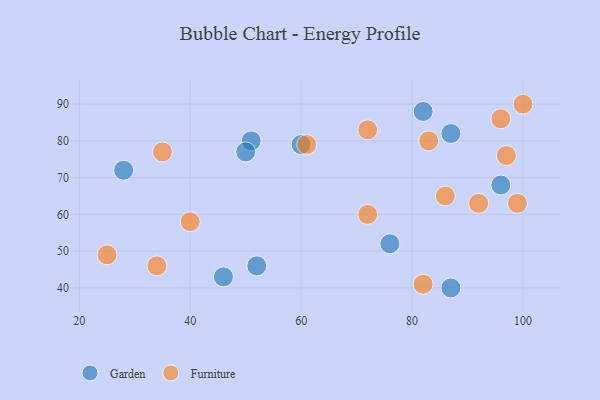
{"axis": {"x": "GDP", "y": "Life Expectancy"}, "legend": ["Furniture", "Garden"], "data": [{"x": "76", "y": 52, "type": "Garden"}, {"x": "82", "y": 88, "type": "Garden"}, {"x": "51", "y": 80, "type": "Garden"}, {"x": "96", "y": 68, "type": "Garden"}, {"x": "50", "y": 77, "type": "Garden"}, {"x": "60", "y": 79, "type": "Garden"}, {"x": "46", "y": 43, "type": "Garden"}, {"x": "87", "y": 40, "type": "Garden"}, {"x": "28", "y": 72, "type": "Garden"}, {"x": "52", "y": 46, "type": "Garden"}, {"x": "87", "y": 82, "type": "Garden"}, {"x": "72", "y": 60, "type": "Furniture"}, {"x": "86", "y": 65, "type": "Furniture"}, {"x": "25", "y": 49, "type": "Furniture"}, {"x": "97", "y": 76, "type": "Furniture"}, {"x": "100", "y": 90, "type": "Furniture"}, {"x": "96", "y": 86, "type": "Furniture"}, {"x": "35", "y": 77, "type": "Furniture"}, {"x": "34", "y": 46, "type": "Furniture"}, {"x": "99", "y": 63, "type": "Furniture"}, {"x": "83", "y": 80, "type": "Furniture"}, {"x": "72", "y": 83, "type": "Furniture"}, {"x": "92", "y": 63, "type": "Furniture"}, {"x": "82", "y": 41, "type": "Furniture"}, {"x": "61", "y": 79, "type": "Furniture"}, {"x": "40", "y": 58, "type": "Furniture"}]}